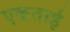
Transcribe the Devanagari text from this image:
एकताई